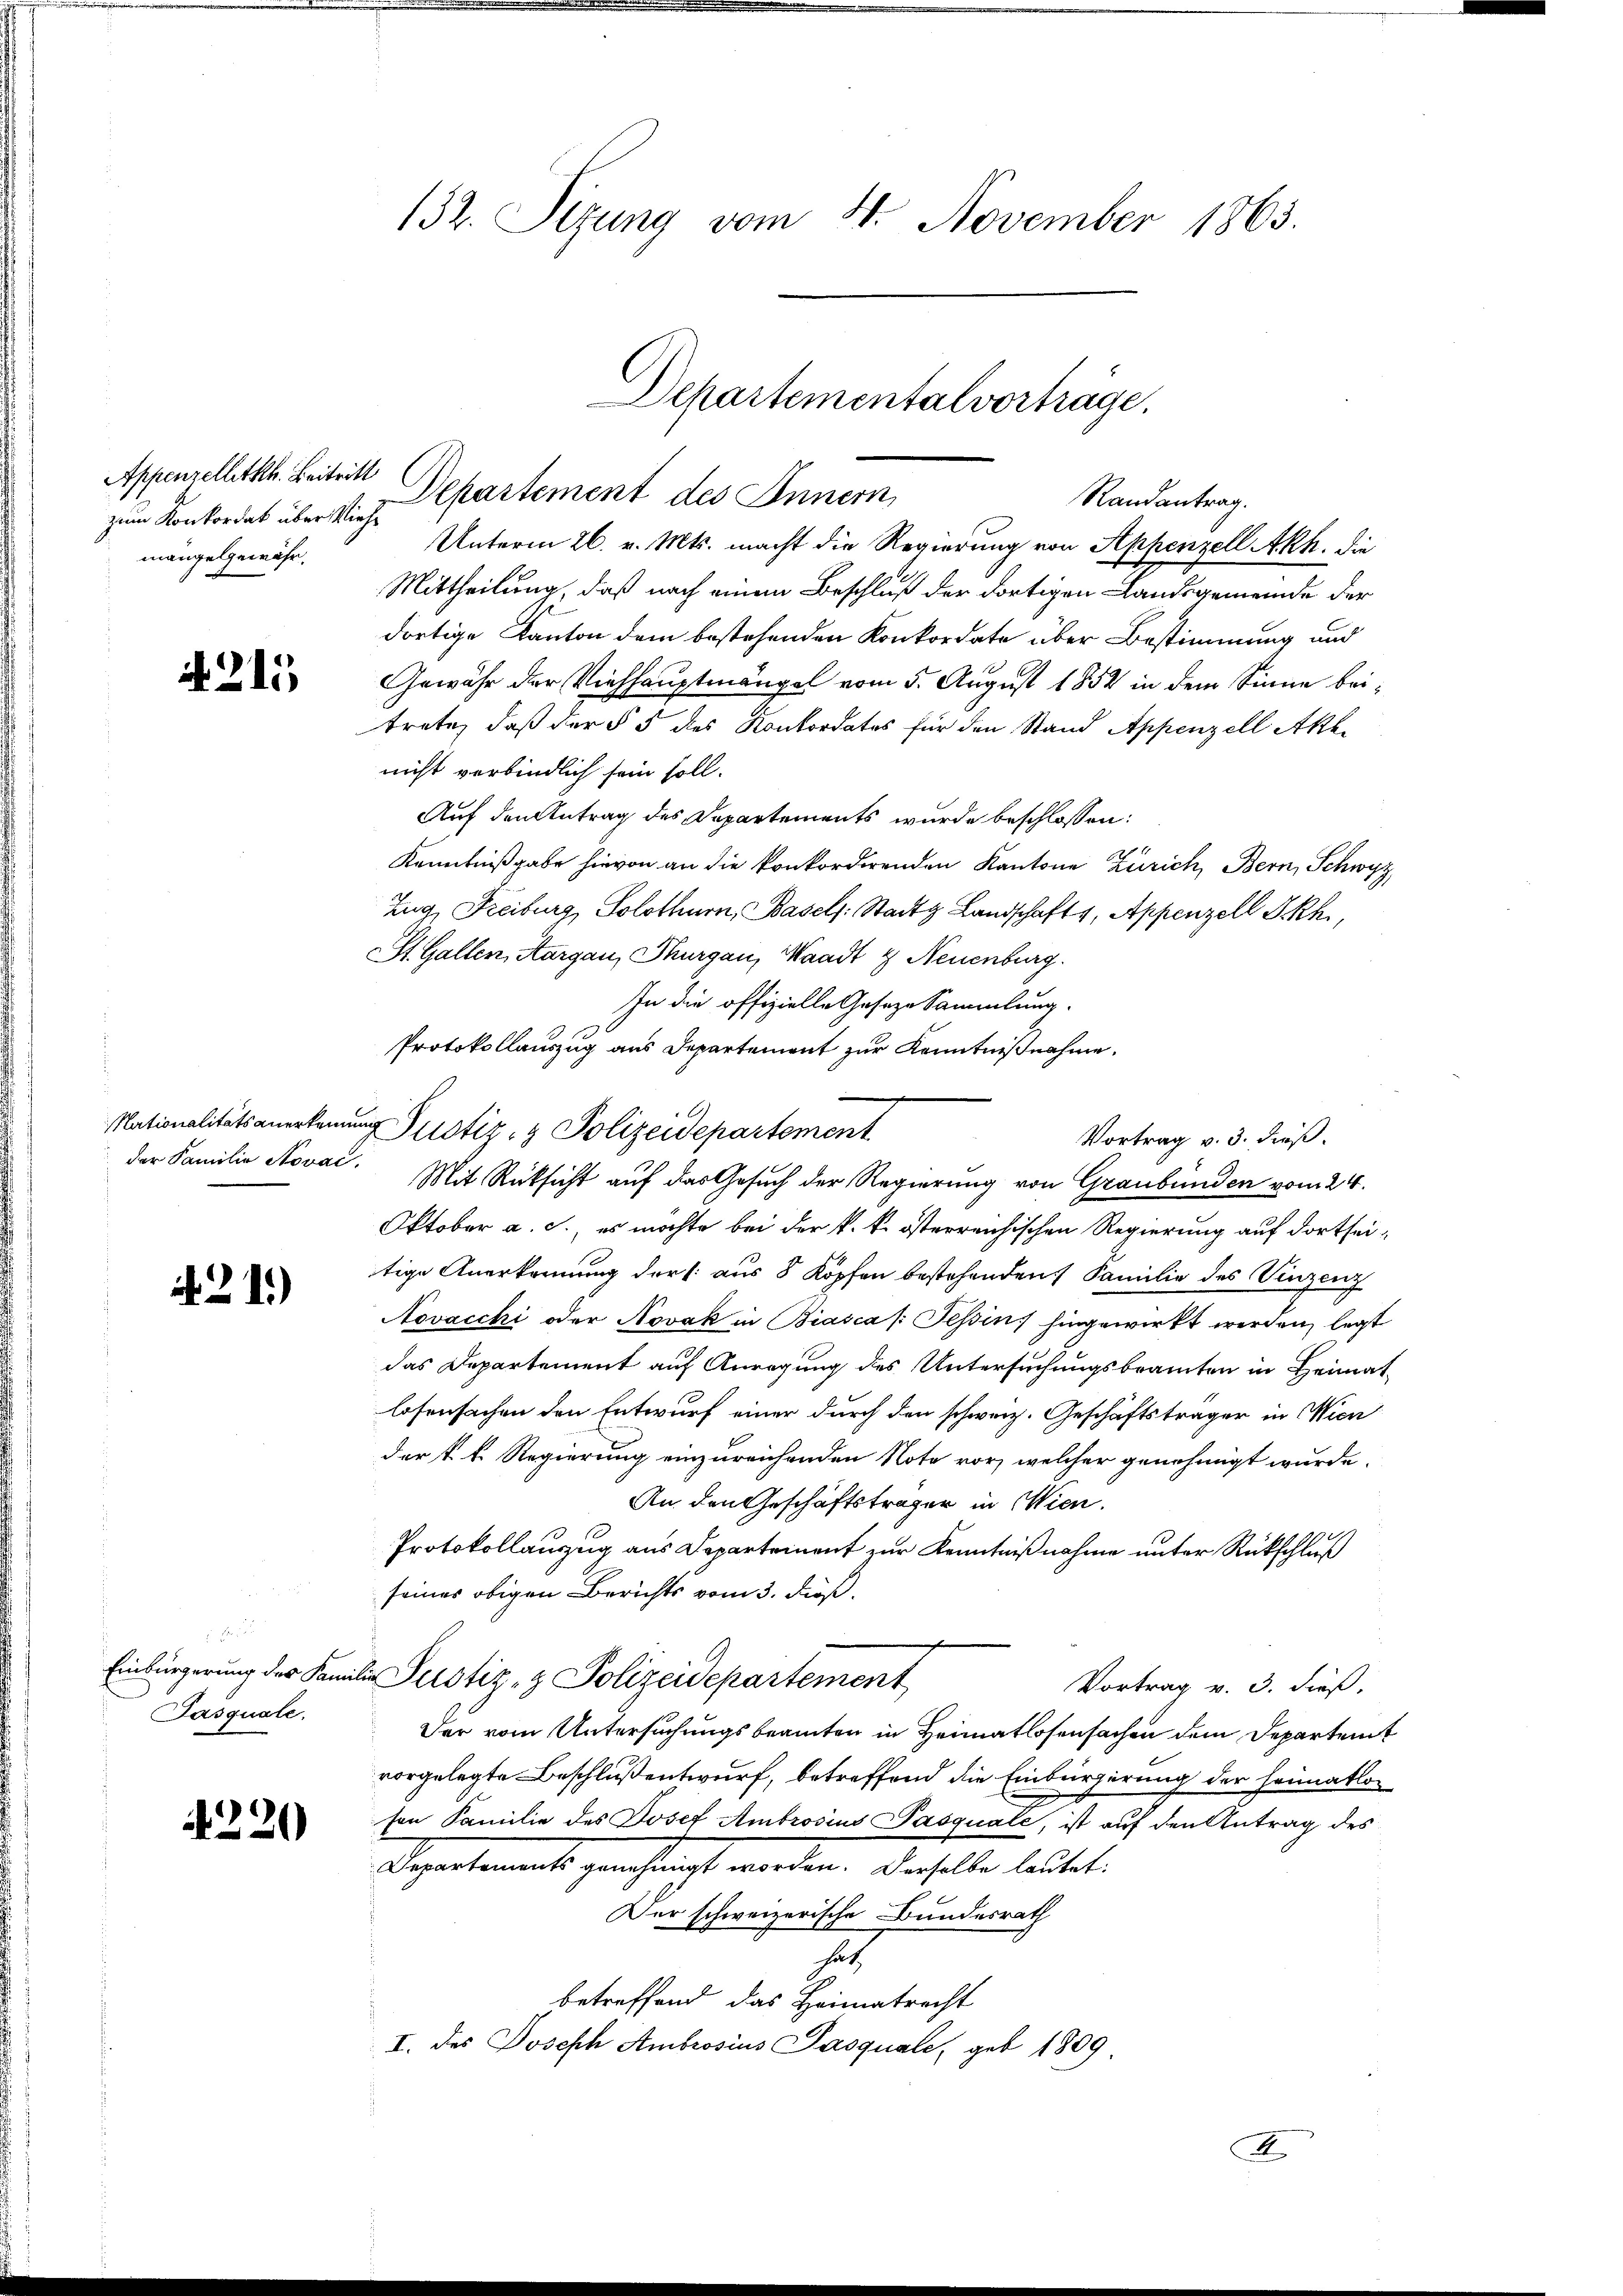
Appenzellitkh. Beitritt
zum Konkordat über Viehe
mange gewähr¬

A. 215

der Familie Novac,

.21)

Einbürgerung des Kan
Pasquale.

A 220

132. Sizung vom 4. November 1863.

Unterm 26. v. Mts. macht die Regierung von Appenzell Akh. Die
Mittheilung, daß nach einem Beschluß der dortigen Landsgemeinde der
dortige Kanton dem bestehenden Konkordate über Bestimmung und
Gewähr der Viehhauptmängel vom 5. August 1852 in dem Sinne beitrete, daß der § 5 des Konkordates für den Stand Appenzell Akli
nicht verbindlich sein soll.
Auf den Antrag des Departements wurde beschlossen:
Kenntnißgabe hievon an die konkordirenden Kantone Zürich, Bern, Schwyz
Zug, Freiburg, Solothurn, Basels. Stadt Landschaft 1, Appenzell I.Rh.,
St. Gallen, Aargau, Thurgau, Waadt & Neuenburg.
In die offizielle Geseze Sammlung.
Protokollauszug aus Departement zur Kenntnißnahme.
Mit Rücksicht auf das Gesuch der Regierung von Graubünden vom 24.
Oktober a. c., es möchte bei der k. k. österreichischen Regierung auf dortseitige Anerkennung der (: aus 8 Kopfen bestehenden Familie des Vinzenz
Novacchi oder Novak in Biasca /: Tessin hingewirkt werden, legt
das Departement auf Anregung des Untersuchungsbeamten in Heimatlosensachen den Entwurf einer durch den schweiz. Geschäftsträger in Wien
der k. k. Regierung einzureichenden Note vor, welcher genehmigt wurde.
An den Geschäftsträger in Wien.
A.
Protokollauszug aus Departement zur Kenntnißnahme unter Rückschluß
seines obigen Berichts vom 3. dieß.
J
lie Justiz- & Polizeidepartement
Vortrag v. 3. dieß,
Der vom Untersuchungsbeamten in Heimatlosensachen dem Departemt
vorgelegte Beschluß entwurf, betreffend die Einbürgerung der Heimatlosen Familie des Josef Ambrosius Pasquale, ist auf den Antrag des
Departements genehmigt worden. Derselbe lautet:
Der schweizerische Bundesrath
hat
betreffend das Heimatrecht
I. des Joseph Ambrosius Pasquale, geb. 1809

Nationalitätsanerkennung ustiz- & Polizeidepartement

Departementalvorträge.
Departement des Innern
Randantrag.

Vortrag v. 3. dieß.

F